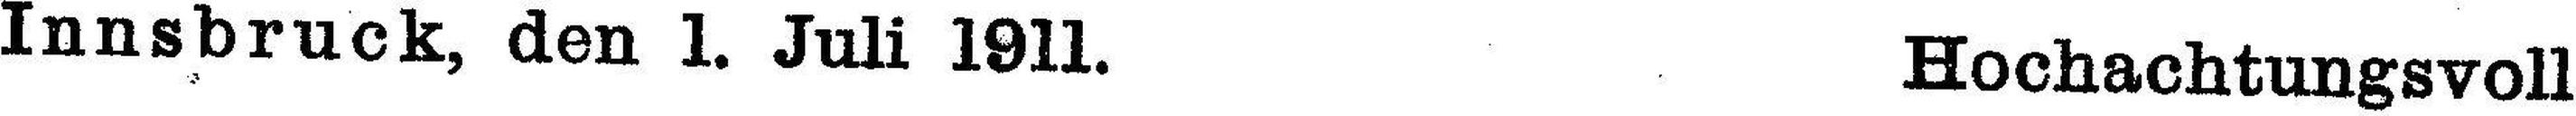
Innsbruck, den 1. Juli 1911. Hochachtungsvoll